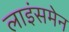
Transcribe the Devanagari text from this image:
लाइंसमेन